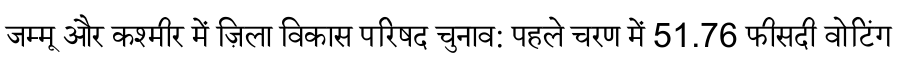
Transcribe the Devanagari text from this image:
जम्मू और कश्मीर में ज़िला विकास परिषद चुनाव: पहले चरण में 51.76 फीसदी वोटिंग